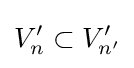
V_{n}'\subset V_{n'}'